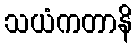
သယံကတာနိ